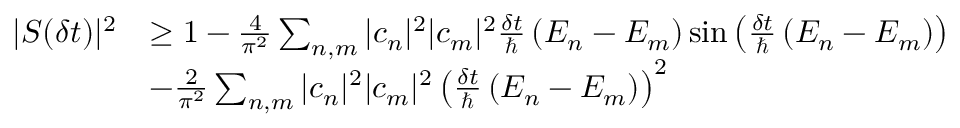
{ \begin{array} { r l } { | S ( \delta t ) | ^ { 2 } } & { \geq 1 - { \frac { 4 } { \pi ^ { 2 } } } \sum _ { n , m } | c _ { n } | ^ { 2 } | c _ { m } | ^ { 2 } { \frac { \delta t } { \hbar } } \left( E _ { n } - E _ { m } \right) \sin \left( { \frac { \delta t } { \hbar } } \left( E _ { n } - E _ { m } \right) \right) } \\ & { - { \frac { 2 } { \pi ^ { 2 } } } \sum _ { n , m } | c _ { n } | ^ { 2 } | c _ { m } | ^ { 2 } \left( { \frac { \delta t } { \hbar } } \left( E _ { n } - E _ { m } \right) \right) ^ { 2 } } \end{array} }